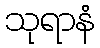
သုရာနံ